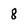
Character: 8